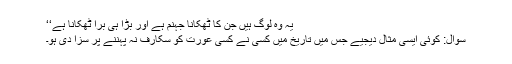
یہ وہ لوگ ہیں جن کا ٹھکانا جہنم ہے اور بڑا ہی برا ٹھکانا ہے‘‘
سوال: کوئی ایسی مثال دیجیے جس میں تاریخ میں کسی نے کسی عورت کو سکارف نہ پہننے پر سزا دی ہو۔